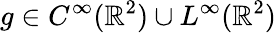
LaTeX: g\in C^{\infty}(\mathbb R^{2})\cup L^{\infty}(\mathbb R^{2})